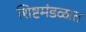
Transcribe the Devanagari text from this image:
शिष्टमंडळात